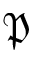
\mathfrak { P }